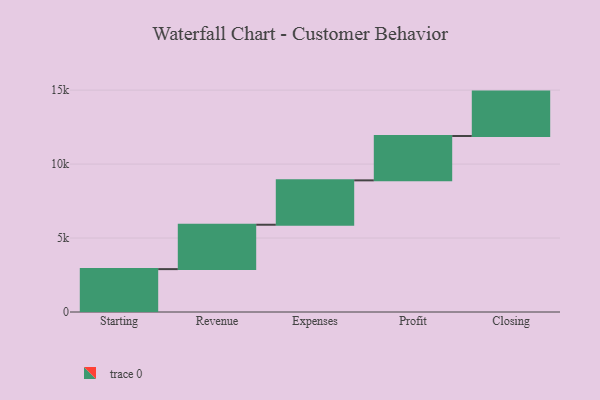
{"axis": {"x": "Step", "y": "Value"}, "legend": [""], "data": [{"x": "Starting", "y": 2899.0, "type": ""}, {"x": "Revenue", "y": 3000, "type": ""}, {"x": "Expenses", "y": 3000, "type": ""}, {"x": "Profit", "y": 3000, "type": ""}, {"x": "Closing", "y": 3000, "type": ""}]}